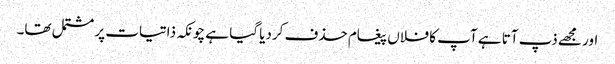
اور مجھے ذپ آتا ہے آپ کا فلاں پیغام حذف کردیا گیا ہے چونکہ ذاتیات پر مشتمل تھا۔